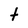
Character: t